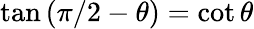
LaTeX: \tan\left(\pi/2-\theta\right)=\cot\theta